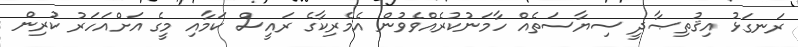
ރަނގަޅު އިޤުތިޞާދީ ސިޔާސަތެއް ހާމަނުކުރެއްވެވުން އެމެރިކާގެ ރައީސް ކަމާއި މީގެ އަށްއަހަރު ކުރިން